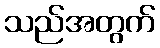
သည်အတွက်